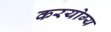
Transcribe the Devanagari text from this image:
करयोग्य